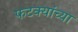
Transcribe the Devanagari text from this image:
फटक्यांच्या